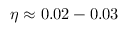
\eta \approx 0 . 0 2 - 0 . 0 3